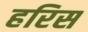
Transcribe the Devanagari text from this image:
हरिस